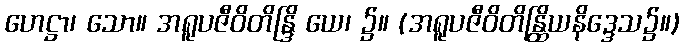
ဟေဋ္ဌာ၊ သော။ အရူပဇီဝိတိန္ဒြိ ယေ၊ ၌။ (အရူပဇီဝိတိန္ထြိယနိဒ္ဒေသ၌။)